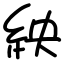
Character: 紻